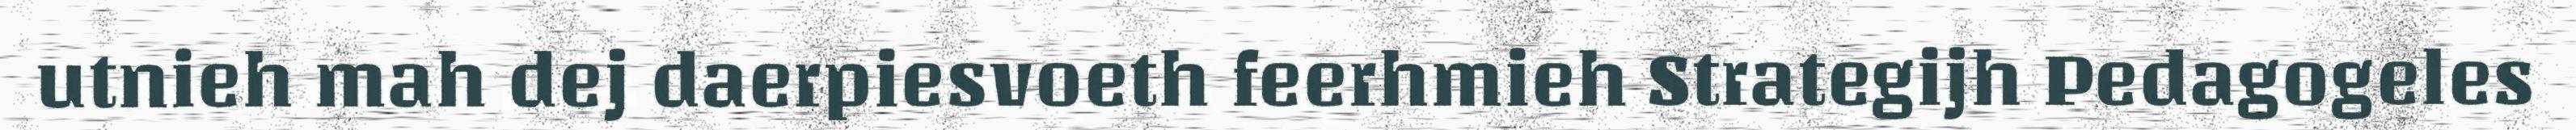
utnieh mah dej daerpiesvoeth feerhmieh Strategijh Pedagogeles